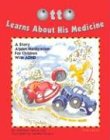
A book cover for Otto Learns about His Medicine: A Story about Medication for Children with ADHD; Matthew R. Galvin; Health, Fitness & Dieting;